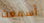
أسمعت